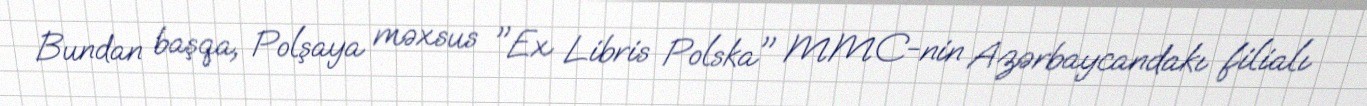
Bundan başqa, Polşaya məxsus "Ex Libris Polska" MMC-nin Azərbaycandakı filialı